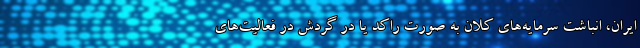
ایران، انباشت سرمایه‌های کلان به صورت راکد یا در گردش در فعالیت‌های